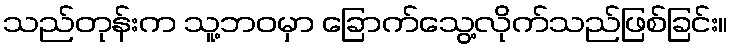
သည်တုန်းက သူ့ဘဝမှာ ခြောက်သွေ့လိုက်သည်ဖြစ်ခြင်း။